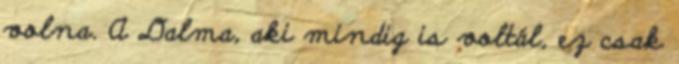
volna. A Dalma, aki mindig is voltál, ez csak